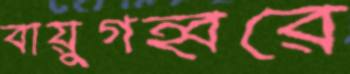
বায়ুগহ্বরে